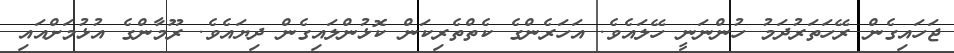
ޖަހައިގެން ރޭހަތަރުދަމު ހުންނަނީ ހޭލައެވެ. އަހަރެންގެ ކެތްތެރިކަން ކޮޅުންލައިގެން ދިޔައެވެ. ރޫމާންގެ އުޅުމަށްއައި